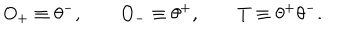
O _ { + } \equiv \theta ^ { - } , \qquad O _ { - } \equiv \theta ^ { + } , \qquad T \equiv \theta ^ { + } \theta ^ { - } .